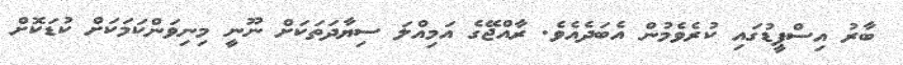
ބާރު އިސްޕީޑުގައި ކުރެވެމުން އެބަދެއެވެ. ރާއްޖޭގެ އަމިއްލަ ސިޔާދަތަކަށް ނޫނީ މިނިވަންކަމަކަށް ކުޑަކޮށް